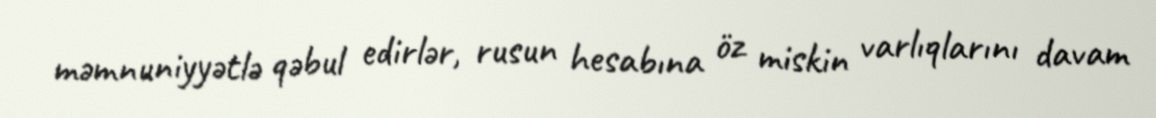
məmnuniyyətlə qəbul edirlər, rusun hesabına öz miskin varlıqlarını davam